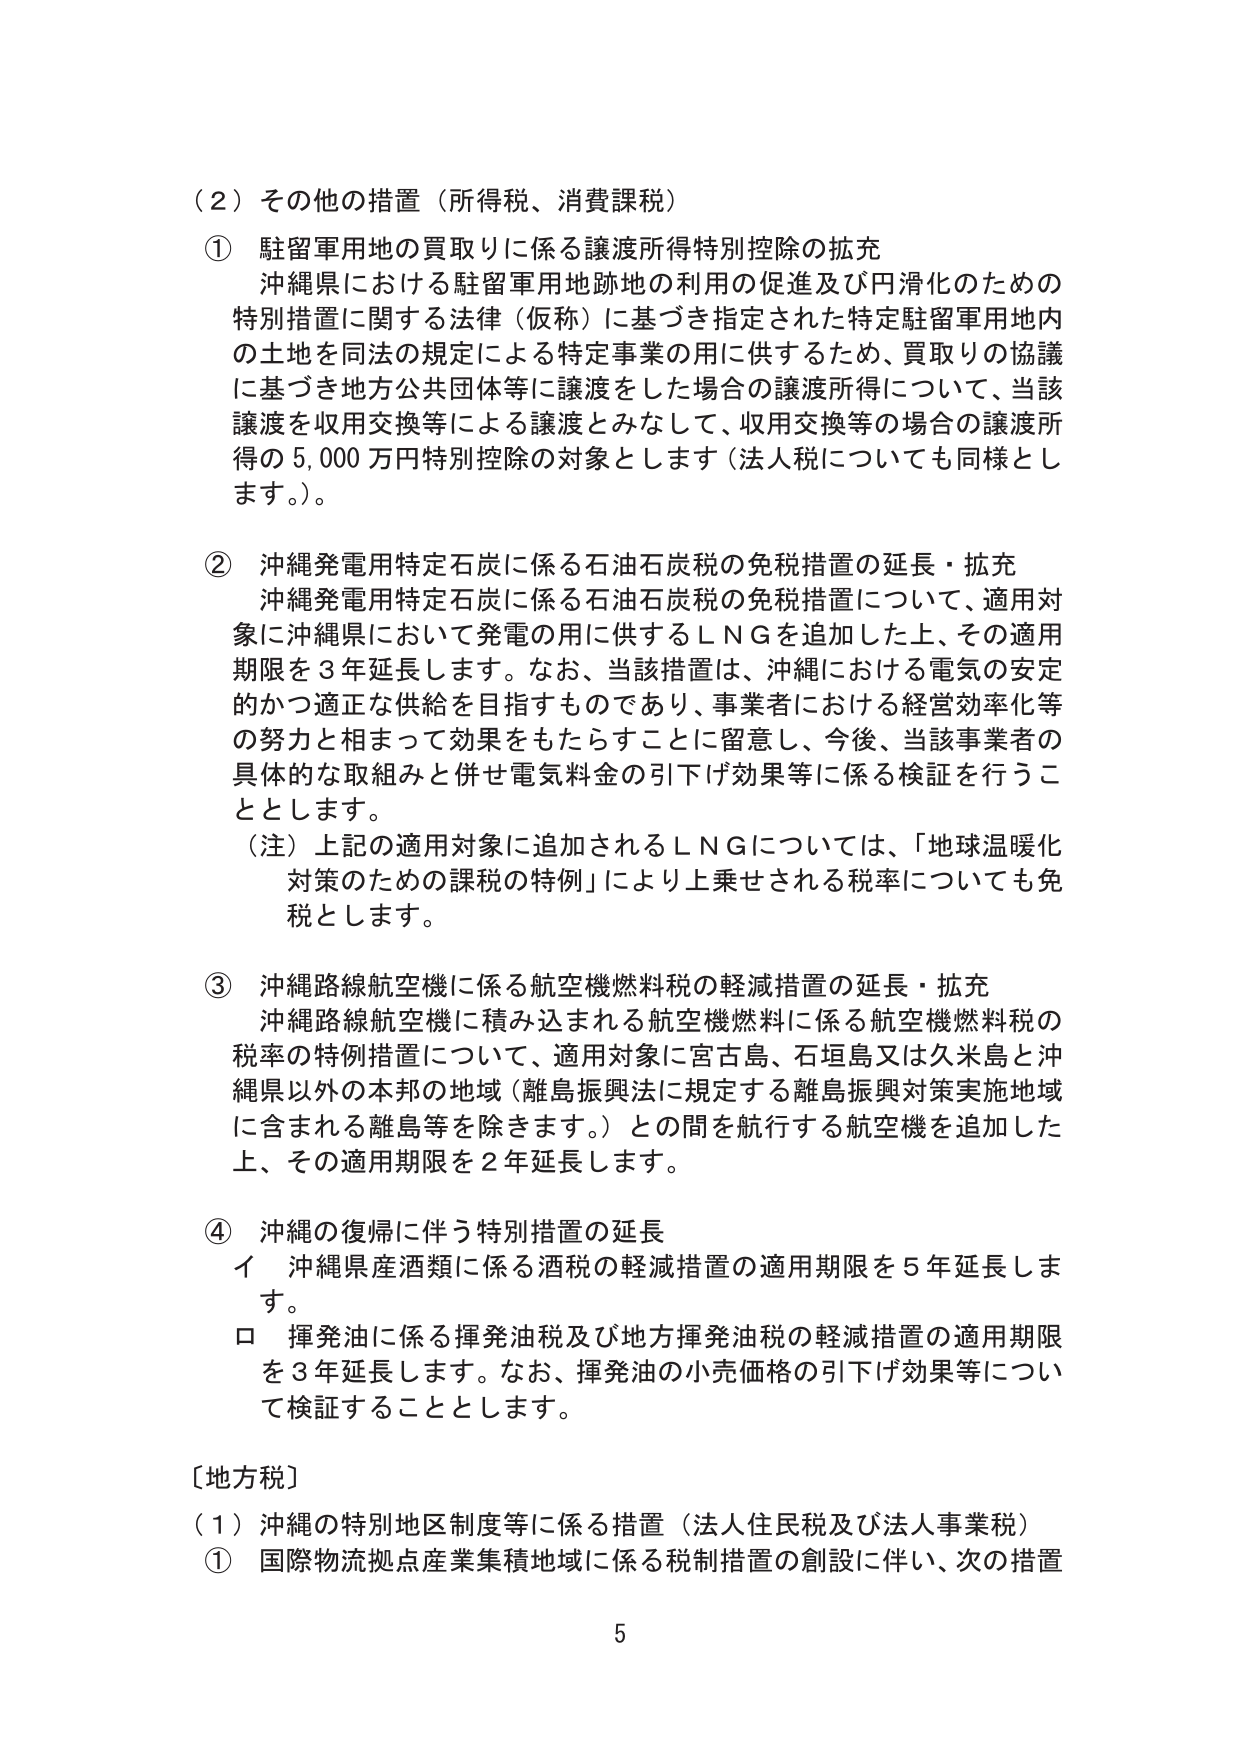
（２）その他の措置（所得税、消費課税）

① 駐留軍用地の買取りに係る譲渡所得特別控除の拡充
沖縄県における駐留軍用地跡地の利用の促進及び円滑化のための
特別措置に関する法律（仮称）に基づき指定された特定駐留軍用地内
の土地を同法の規定による特定事業の用に供するため、買取りの協議
に基づき地方公共団体等に譲渡をした場合の譲渡所得について、当該
譲渡を収用交換等による譲渡とみなして、収用交換等の場合の譲渡所
得の5,000万円特別控除の対象とします（法人税についても同様とし
ます。）。

② 沖縄発電用特定石炭に係る石油石炭税の免税措置の延長・拡充
沖縄発電用特定石炭に係る石油石炭税の免税措置について、適用対
象に沖縄県において発電の用に供するＬＮＧを追加した上、その適用
期限を3年延長します。なお、当該措置は、沖縄における電気の安定
的かつ適正な供給を目指すものであり、事業者における経営効率化等
の努力と相まって効果をもたらすことに留意し、今後、当該事業者の
具体的な取組みと併せ電気料金の引下げ効果等に係る検証を行うこ
ととします。
（注）上記の適用対象に追加されるＬＮＧについては、「地球温暖化
対策のための課税の特例」により上乗せされる税率についても免
税とします。

③ 沖縄路線航空機に係る航空機燃料税の軽減措置の延長・拡充
沖縄路線航空機に積み込まれる航空機燃料に係る航空機燃料税の
税率の特例措置について、適用対象に宮古島、石垣島又は久米島と沖
縄県以外の本邦の地域（離島振興法に規定する離島振興対策実施地域
に含まれる離島等を除きます。）との間を航行する航空機を追加した
上、その適用期限を2年延長します。

④ 沖縄の復帰に伴う特別措置の延長
イ 沖縄県産酒類に係る酒税の軽減措置の適用期限を5年延長しま
す。
ロ 揮発油に係る揮発油税及び地方揮発油税の軽減措置の適用期限
を3年延長します。なお、揮発油の小売価格の引下げ効果等につい
て検証することとします。

［地方税］
（１）沖縄の特別地区制度等に係る措置（法人住民税及び法人事業税）
① 国際物流拠点産業集積地域に係る税制措置の創設に伴い、次の措置

5